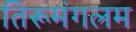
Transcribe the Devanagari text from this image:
तिरूमंगलम